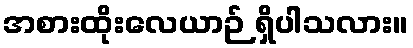
အစားထိုးလေယာဉ် ရှိပါသလား။